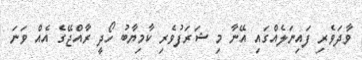
ވާދަވެރި ފައިނަލެއްގައި އޭނާ މި ޝަރަފުވެރި ކާމިޔާބު ހޯދީ ރާއްޖޭގެ އެއް ވަނަ